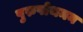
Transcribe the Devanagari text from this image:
पुरुषोथमन